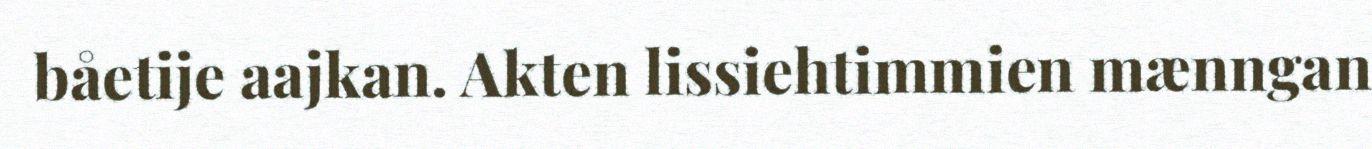
båetije aajkan. Akten lissiehtimmien mænngan